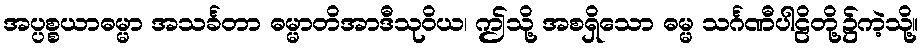
အပ္ပစ္စယာဓမ္မာ အသင်္ခတာ ဓမ္မာတိအာဒီသုဝိယ၊ ဤသို့ အစရှိသော ဓမ္မ သင်္ဂဏီပါဠိတို့၌ကဲ့သို့။